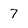
Character: 7